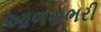
આળસભરી